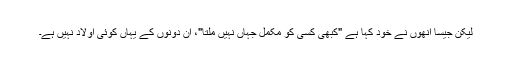
لیکِن جَیسا اُنھوں نے خود کہا ہَے "کبھی کِسی کو مُکمّل جہاں نہِیں مِلتا"، اُن دونوں کے یہاں کوئی اولاد نہِیں ہے۔